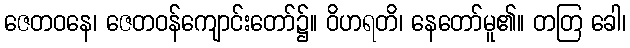
ဇေတဝနေ၊ ဇေတဝန်ကျောင်းတော်၌။ ဝိဟရတိ၊ နေတော်မူ၏။ တတြ ခေါ၊